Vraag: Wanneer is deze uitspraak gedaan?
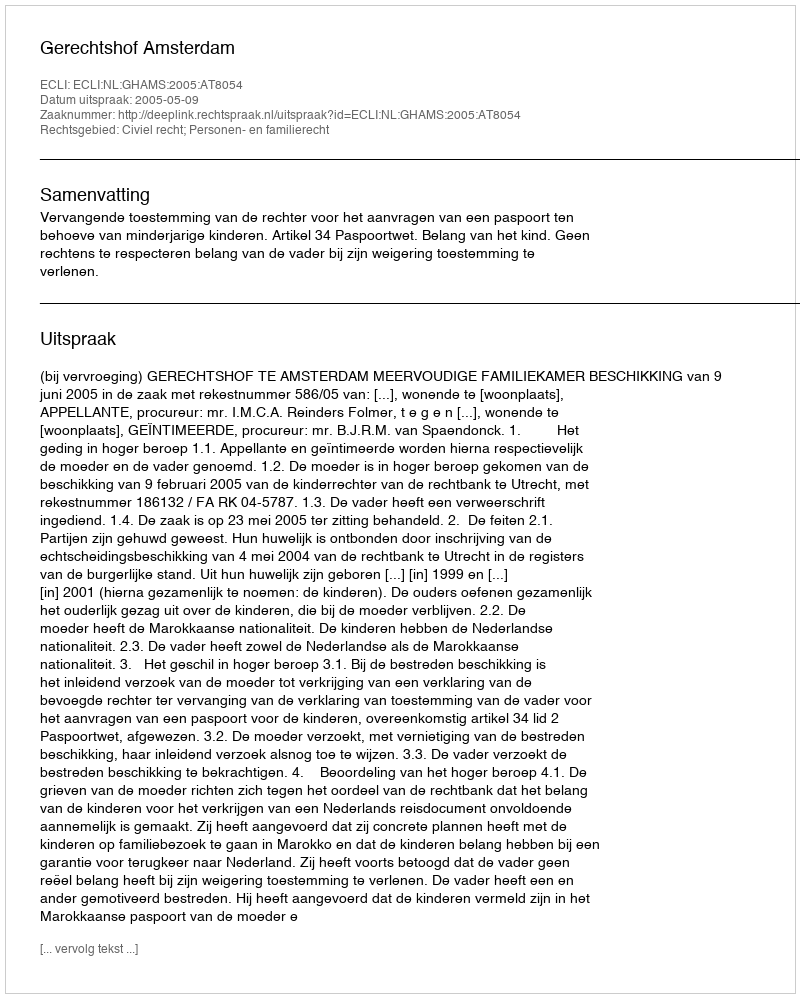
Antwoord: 2005-05-09